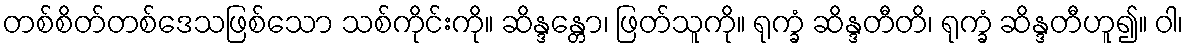
တစ်စိတ်တစ်ဒေသဖြစ်သော သစ်ကိုင်းကို။ ဆိန္ဒန္တော၊ ဖြတ်သူကို။ ရုက္ခံ ဆိန္ဒတီတိ၊ ရုက္ခံ ဆိန္ဒတီဟူ၍။ ဝါ၊